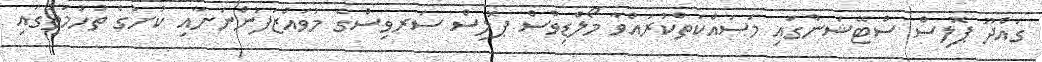
ގައްދޫ ޕޮލިސް ސްޓޭޝަންގައި މަސައްކަތްކުރައްވާ މޯލްޑިވްސް ޕޮލިސް ސަރވިސްގެ މުވައްޒަފުންނަށާއި ކުށުގެ ތުހުމަތުގައި